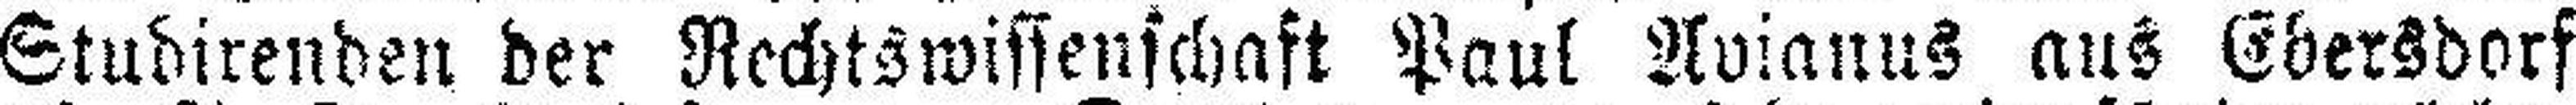
Studirenden der Rechtswissenschaft Paul Avianus aus Ebersdorf